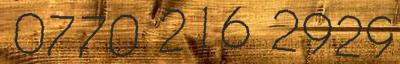
0770 216 2929